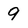
Character: 9